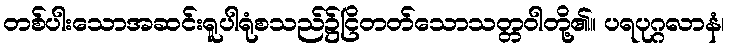
တစ်ပါးသောအဆင်းရူပါရုံစသည်၌ငြိတတ်သောသတ္တဝါတို့၏။ ပရပုဂ္ဂလာနံ၊